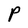
Character: P